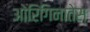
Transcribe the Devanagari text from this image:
ओरिगिनातेस